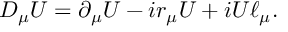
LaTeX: D _ { \mu } { U } = \partial _ { \mu } { U } - i r _ { \mu } { U } + i U \ell _ { \mu } .